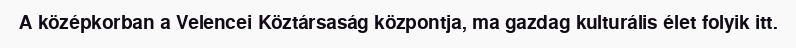
A középkorban a Velencei Köztársaság központja, ma gazdag kulturális élet folyik itt.